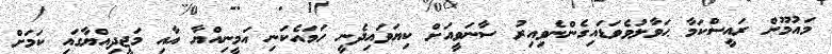
މައުމޫން ރައީސްކަމާ ޙަވާލުވެވަޑައިގެންނެވިއިރު ސާނަވީއަށް ކިޔަވައިދެނީ ހަމައެކަނި އަމީނިއްޔާ އާއި މަޖީދިއްޔާގައި ކަމަށް